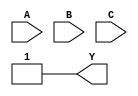
module KMap3Var (
    input wire A, // First input variable
    input wire B, // Second input variable
    input wire C, // Third input variable
    output wire Y // Output variable
);

// Combinational logic implementation based on the K-map
assign Y = (A ~& B ~& C) | // minterm 0 (000)
           (A ~& B & C)  | // minterm 1 (001)
           (A & B ~& C)  | // minterm 2 (010)
           (A & B & C)   | // minterm 5 (101)
           (A & ~B & C);    // minterm 6 (110)

endmodule